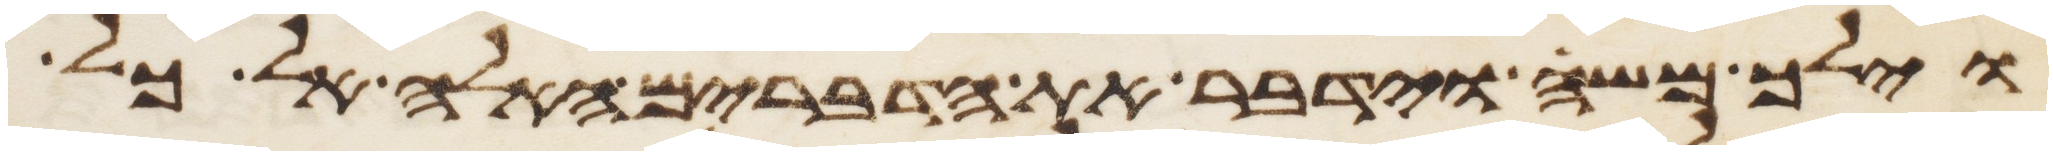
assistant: וילך משה וידבר את הדברים האלה אל כל